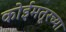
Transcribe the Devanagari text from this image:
कोईमतूरच्या